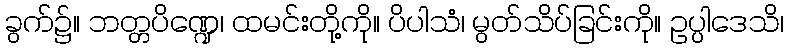
ခွက်၌။ ဘတ္တပိဏ္ဍေ၊ ထမင်းတို့ကို။ ပိပါသံ၊ မွတ်သိပ်ခြင်းကို။ ဥပ္ပါဒေသိ၊